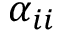
\alpha _ { i i }